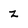
Character: Z